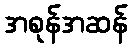
အစုန်အဆန်